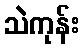
သဲကုန်း